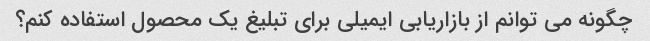
چگونه می توانم از بازاریابی ایمیلی برای تبلیغ یک محصول استفاده کنم؟